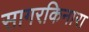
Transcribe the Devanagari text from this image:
सागरकिनारा